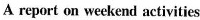
A report on weekend activities